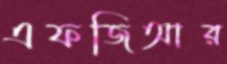
এফজিআর